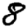
Digit: 8